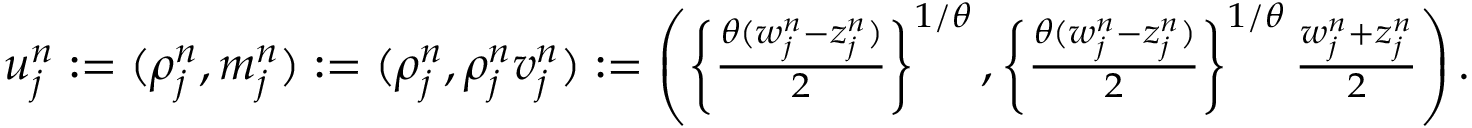
\begin{array} { r } { u _ { j } ^ { n } : = ( \rho _ { j } ^ { n } , m _ { j } ^ { n } ) : = ( \rho _ { j } ^ { n } , \rho _ { j } ^ { n } v _ { j } ^ { n } ) : = \left( \left\{ \frac { \theta ( w _ { j } ^ { n } - z _ { j } ^ { n } ) } { 2 } \right\} ^ { 1 / \theta } , \left\{ \frac { \theta ( w _ { j } ^ { n } - z _ { j } ^ { n } ) } { 2 } \right\} ^ { 1 / \theta } \frac { w _ { j } ^ { n } + z _ { j } ^ { n } } { 2 } \right) . } \end{array}